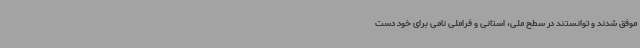
موفق شدند و توانستند در سطح ملی، استانی و فراملی نامی برای خود دست